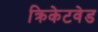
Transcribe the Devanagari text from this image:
क्रिकेटवेड